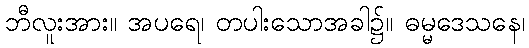
ဘီလူးအား။ အပရေ၊ တပါးသောအခါ၌။ ဓမ္မဒေသနေ၊